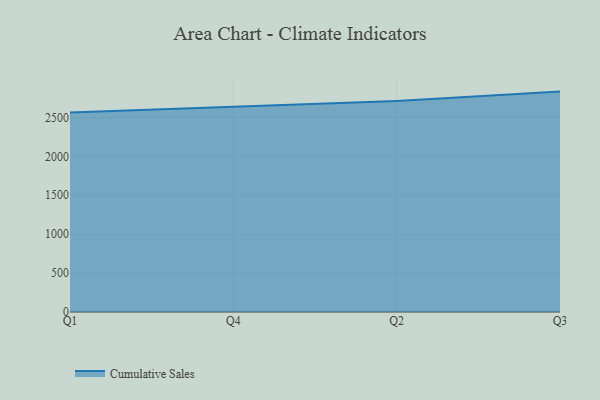
{"axis": {"x": "Quarter", "y": "Bounce Rate (%)"}, "legend": ["Cumulative Sales"], "data": [{"x": "Q1", "y": 2562.3, "type": "Cumulative Sales"}, {"x": "Q4", "y": 2641.0, "type": "Cumulative Sales"}, {"x": "Q2", "y": 2711.7, "type": "Cumulative Sales"}, {"x": "Q3", "y": 2832.3, "type": "Cumulative Sales"}]}